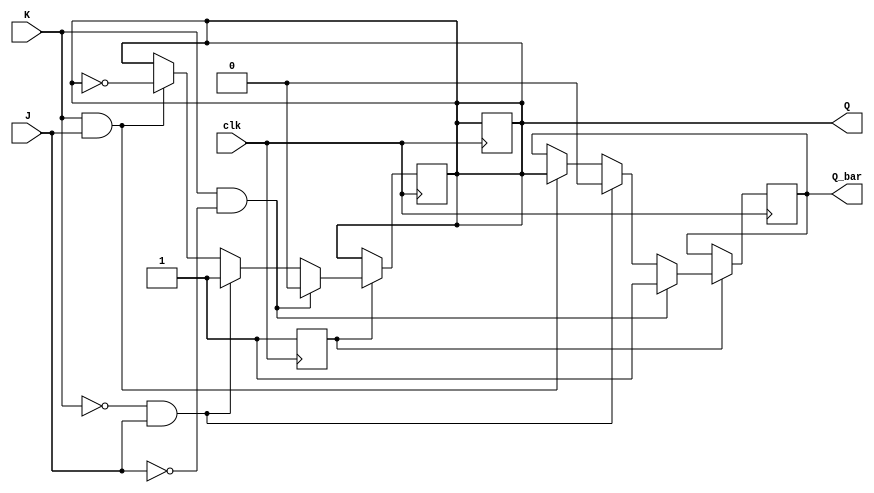
module jk_flip_flop(
    input J,
    input K,
    input clk,
    output reg Q,
    output reg Q_bar
);

reg master_latch;
reg slave_latch;

always @(posedge clk) begin
    if (master_latch == 1'b1) begin
        if (K && !J) begin
            Q <= 1'b0;
            Q_bar <= 1'b1;
        end else if (!K && J) begin
            Q <= 1'b1;
            Q_bar <= 1'b0;
        end else if (K && J) begin
            Q <= ~Q;
            Q_bar <= Q;
        end
    end
    master_latch <= 1'b1;
end

always @(negedge clk) begin
    if (slave_latch == 1'b1) begin
        Q <= Q;
    end
    slave_latch <= 1'b1;
end

endmodule